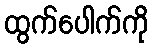
ထွက်ပေါက်ကို